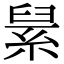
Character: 𦀥